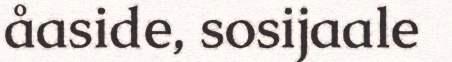
åaside, sosijaale